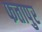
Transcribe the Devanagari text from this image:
फतापुर